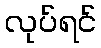
လုပ်ရင်